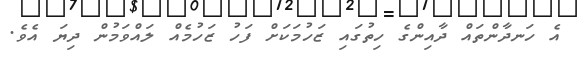
އެ ހަނދާންތައް ދާއިންގެ ހިތުގައި ޒަހުމަކަށް ފަހު ޒަހުމެއް ލައްވަމުން ދިޔަ އެވެ.